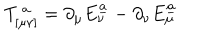
T _ { [ \mu \nu ] } ^ { \ a } = \partial _ { \mu } E _ { \nu } ^ { \underline { { { a } } } } - \partial _ { \nu } E _ { \mu } ^ { \underline { { { a } } } }